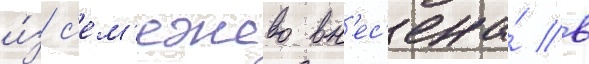
и́з с'ем'ежево вн'ес'ена́ в